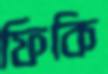
ফিকি